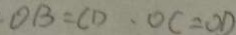
O B = C D \cdot O C = O D